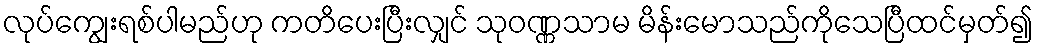
လုပ်ကျွေးရစ်ပါမည်ဟု ကတိပေးပြီးလျှင် သုဝဏ္ဏသာမ မိန်းမောသည်ကိုသေပြီထင်မှတ်၍